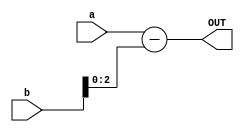
module relminus(input[5:0]a,b,
output[5:0] OUT);

assign OUT =  a - {3'b000,b[2:0]};

endmodule